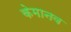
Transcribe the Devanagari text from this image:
केमानव